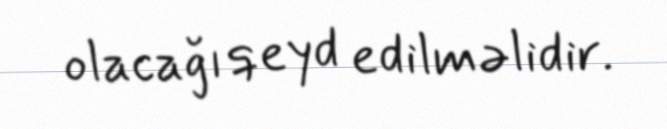
olacağı qeyd edilməlidir.